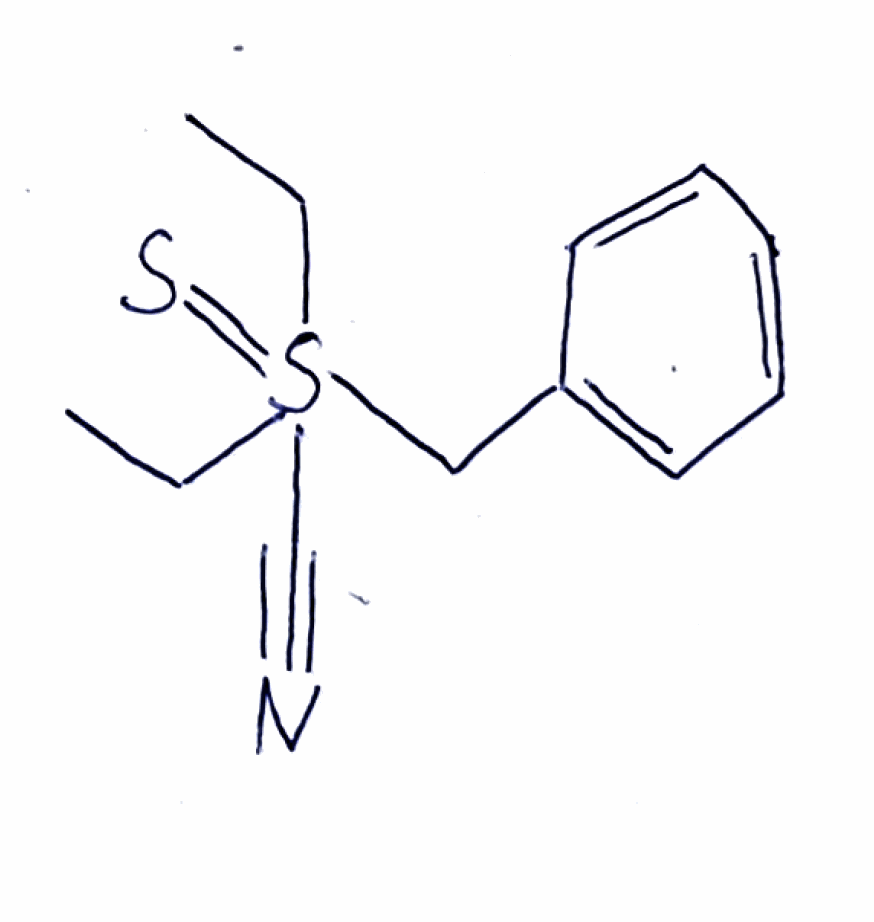
Simplified molecular-input line-entry system (SMILES) notation of the given molecule:
CCS(=S)(CC)(CC1=CC=CC=C1)C#N